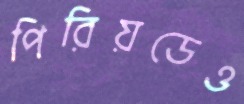
পিরিয়ডেও